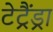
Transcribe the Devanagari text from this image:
टेट्रैंड्रा